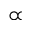
\propto